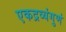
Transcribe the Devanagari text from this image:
एकद्रव्यंगुणं